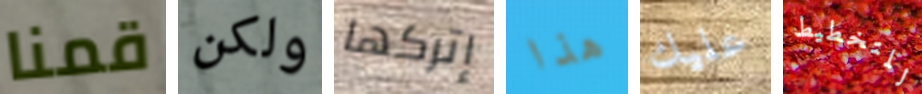
قمنا ولكن إتركها هذا عليك للتخطيط